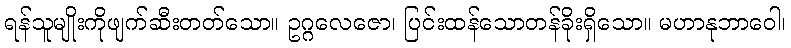
ရန်သူမျိုးကိုဖျက်ဆီးတတ်သော။ ဥဂ္ဂလေဇော၊ ပြင်းထန်သောတန်ခိုးရှိသော။ မဟာနုဘာဝေါ၊